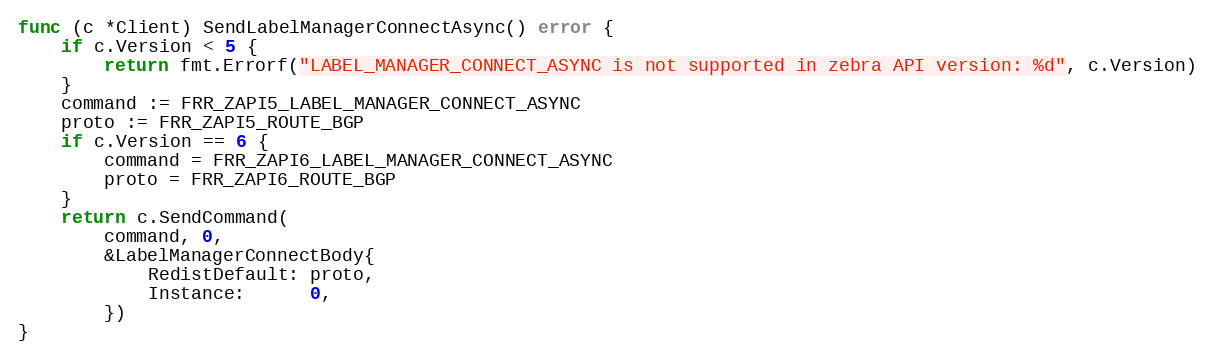
Language: Go
func (c *Client) SendLabelManagerConnectAsync() error {
	if c.Version < 5 {
		return fmt.Errorf("LABEL_MANAGER_CONNECT_ASYNC is not supported in zebra API version: %d", c.Version)
	}
	command := FRR_ZAPI5_LABEL_MANAGER_CONNECT_ASYNC
	proto := FRR_ZAPI5_ROUTE_BGP
	if c.Version == 6 {
		command = FRR_ZAPI6_LABEL_MANAGER_CONNECT_ASYNC
		proto = FRR_ZAPI6_ROUTE_BGP
	}
	return c.SendCommand(
		command, 0,
		&LabelManagerConnectBody{
			RedistDefault: proto,
			Instance:      0,
		})
}